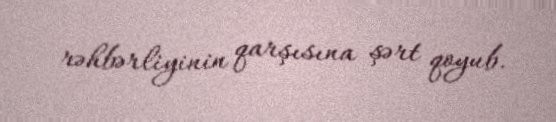
rəhbərliyinin qarşısına şərt qoyub.